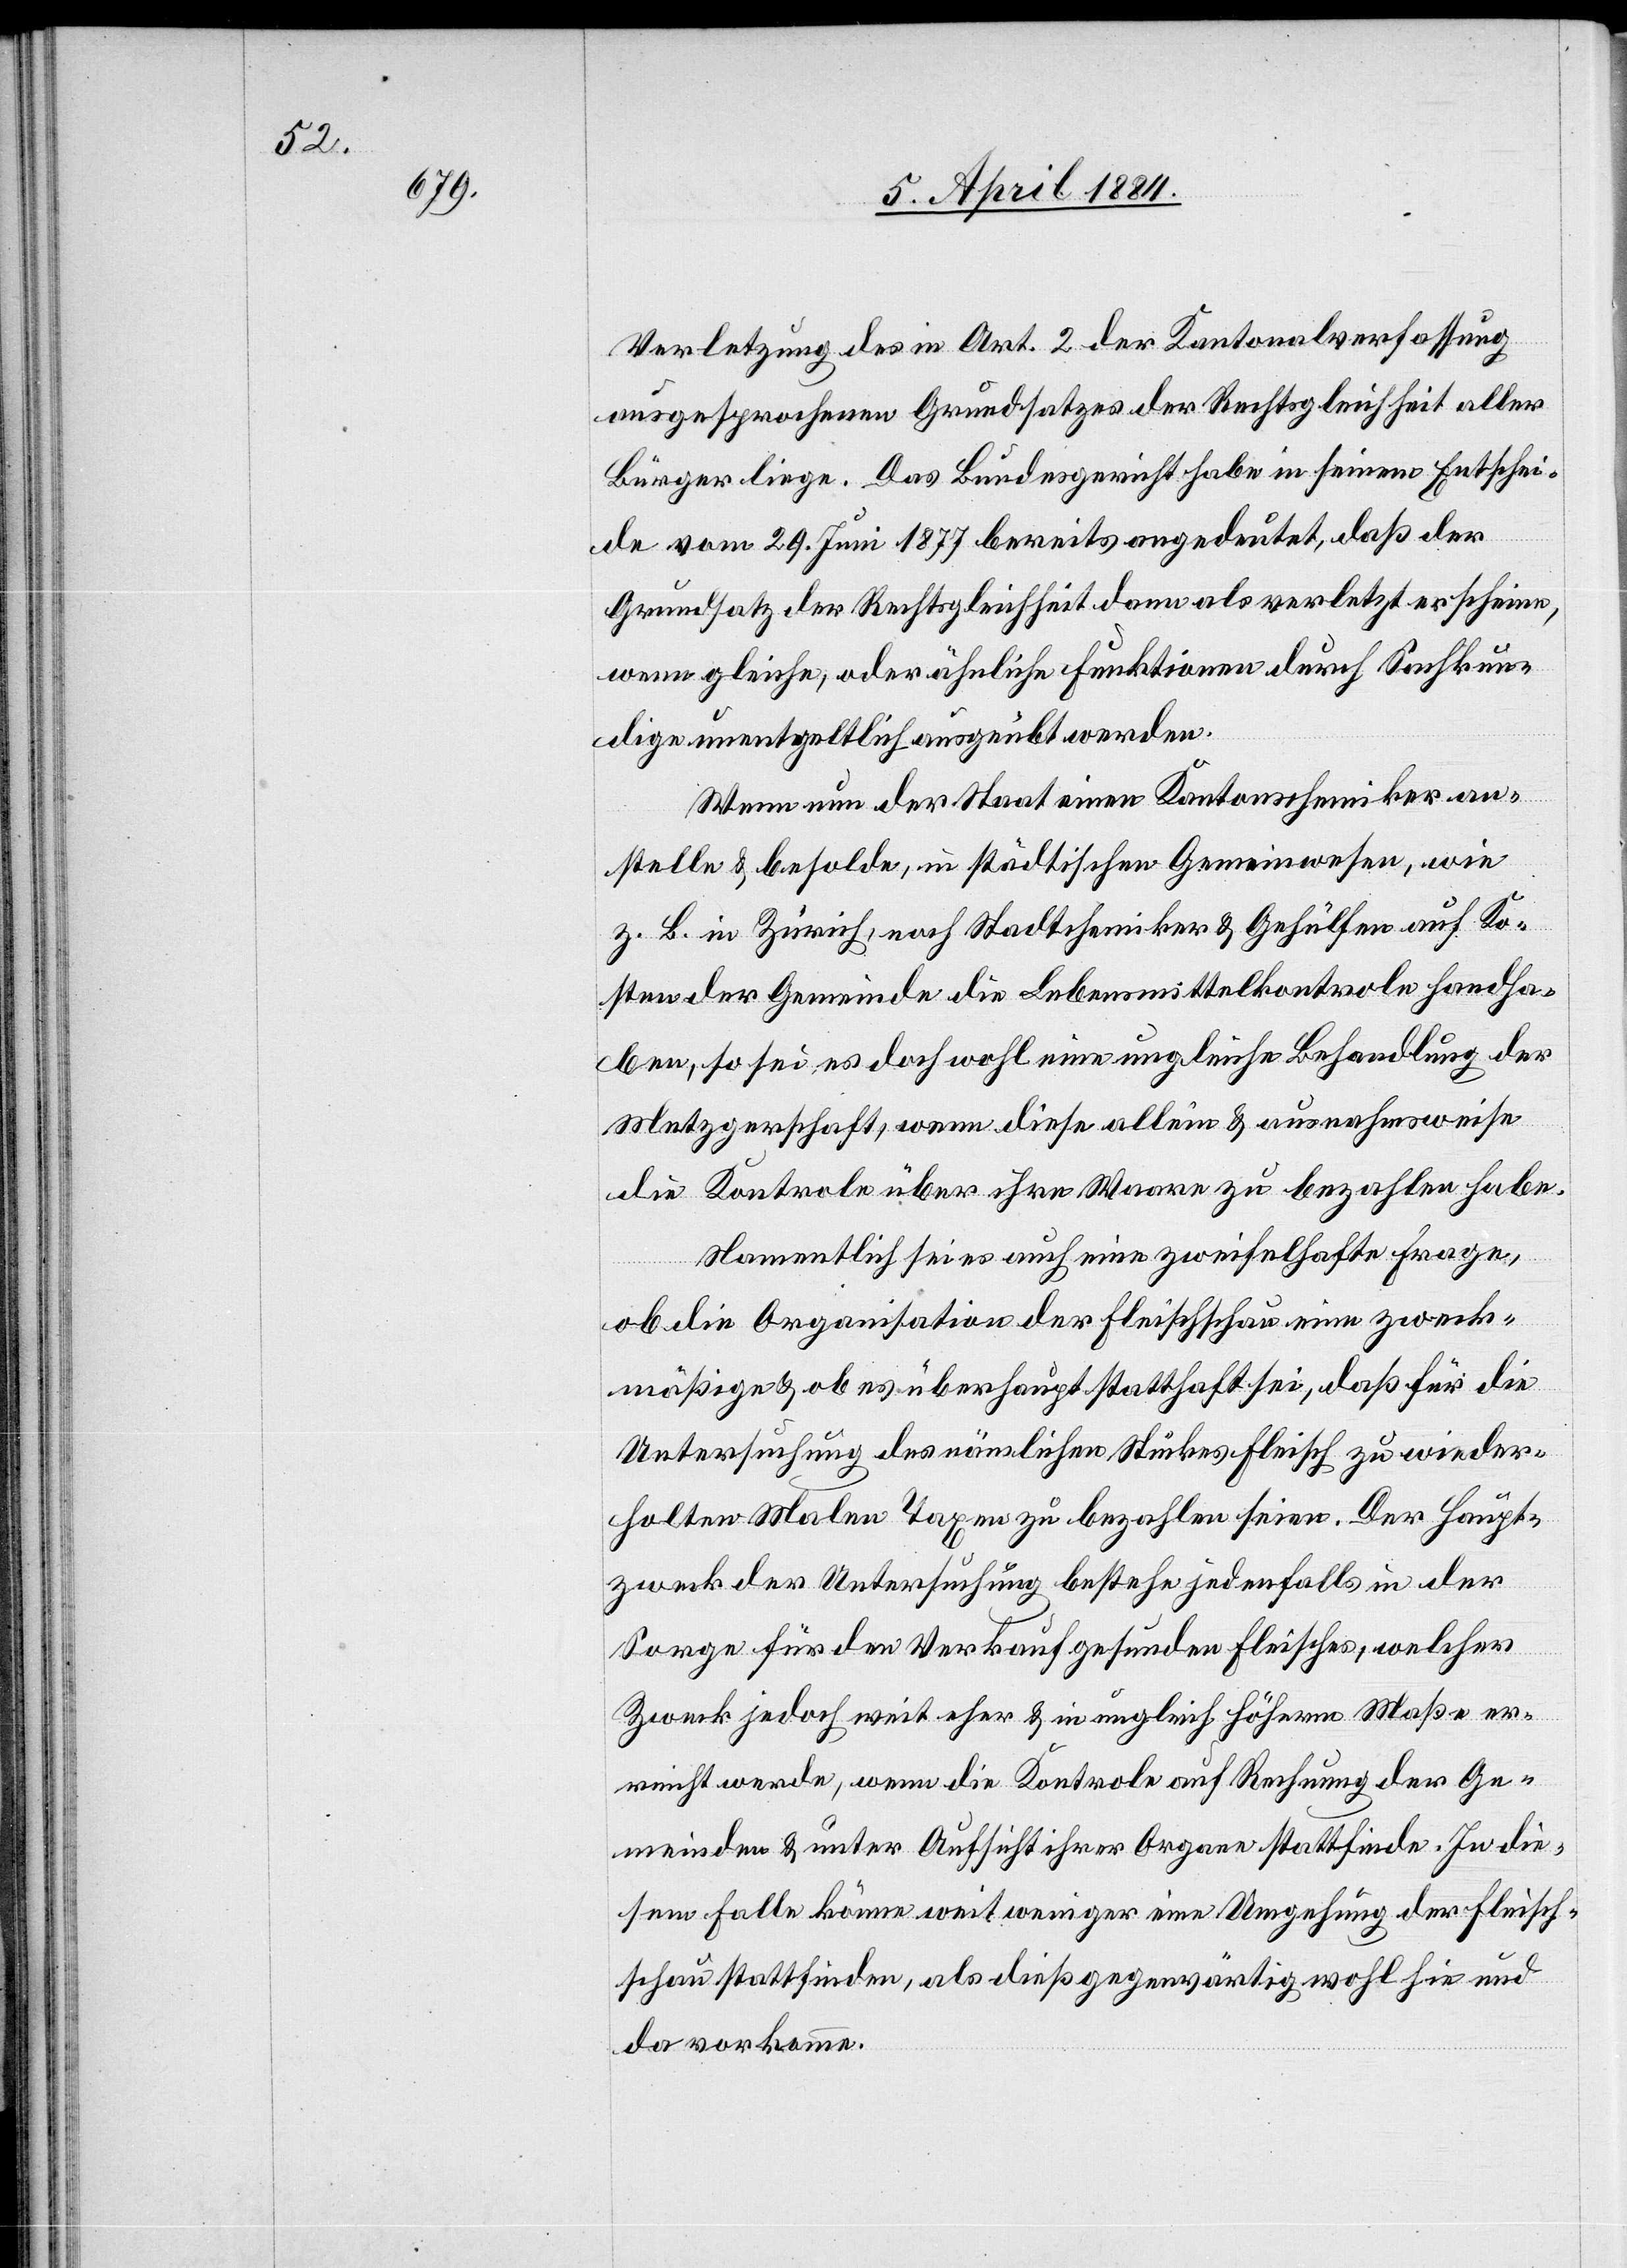
Verletzung des im Art. 2 der Kantonalverfassung
ausgesprochenen Grundsatzes der Rechtsgleichheit aller
Bürger liege. Das Bundesgericht habe in seinem Entschei¬
de vom 29. Juni 1877 bereits angedeutet, daß der
Grundsatz der Rechtsgleichheit dann als verletzt erscheine,
wenn gleiche, oder ähnliche Funktionen durch Sachkun¬
dige unentgeltlich ausgeübt werden.
Wenn nun der Staat einen Kantonschemiker an¬
stelle & besolde, im städtischen Gemeinwesen, wie
z. B. in Zürich, noch Stadtchemiker & Gehülfen auf Ko¬
sten der Gemeinde die Lebensmittelkontrole handha¬
ben, so sei es doch wohl einen ungleiche Behandlung der
Metzgerschaft, wenn diese allein & ausnahmsweise
die Kontrole über ihre Waare zu bezahlen habe.
Namentlich sei es auch eine zweifelhafte Frage,
ob die Organisation der Fleischschau eine zweck¬
mäßige & ob es überhaupt statthaft sei, daß für die
Untersuchung des nämlichen Stückes Fleisch zu weider¬
holten Malen Taxen zu bezahlen seien. Der Haupt¬
zweck der Untersuchung bestehe jedenfalls in der
Sorge für den Verkauf gesunden Fleisches, welcher
Zweck jedoch weit eher & in ungleich höherm Maße er¬
reicht werde, wenn die Kontrole auf Rechnung der Ge¬
meinden & unter Aufsicht ihrer Organe stattfinde. In die¬
sem Falle könne weit weniger eine Umgehung der Fleisch¬
schau stattfinden, als dieß gegenwärtig wohl hin und
da vorkomme.